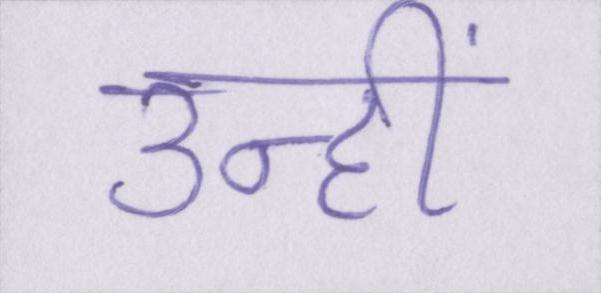
उन्हीं